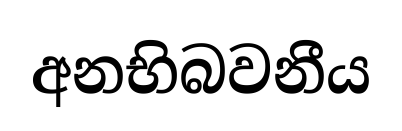
අනභිබවනීය